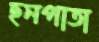
ছনপাতা